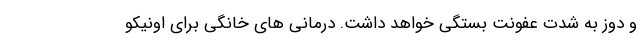
و دوز به شدت عفونت بستگی خواهد داشت. درمانی های خانگی برای اونیکو